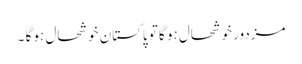
مزدور خوشحال ہو گا تو پاکستان خوشحال ہو گا ۔